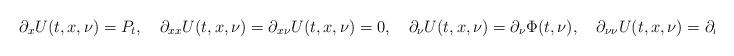
LaTeX: \begin{align*}\partial_xU(t,x,\nu)=P_t,\quad\partial_{xx}U(t,x,\nu)=\partial_{x\nu}U(t,x,\nu)=0,\quad\partial_{\nu}U(t,x,\nu)=\partial_{\nu}\Phi(t,\nu),\quad\partial_{\nu\nu}U(t,x,\nu)=\partial_{\nu\nu}\Phi(t,\nu)\end{align*}